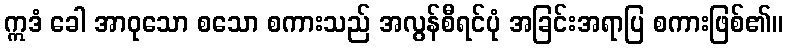
ဣဒံ ခေါ အာဝုသော စသော စကားသည် အလွန်စီရင်ပုံ အခြင်းအရာပြ စကားဖြစ်၏။